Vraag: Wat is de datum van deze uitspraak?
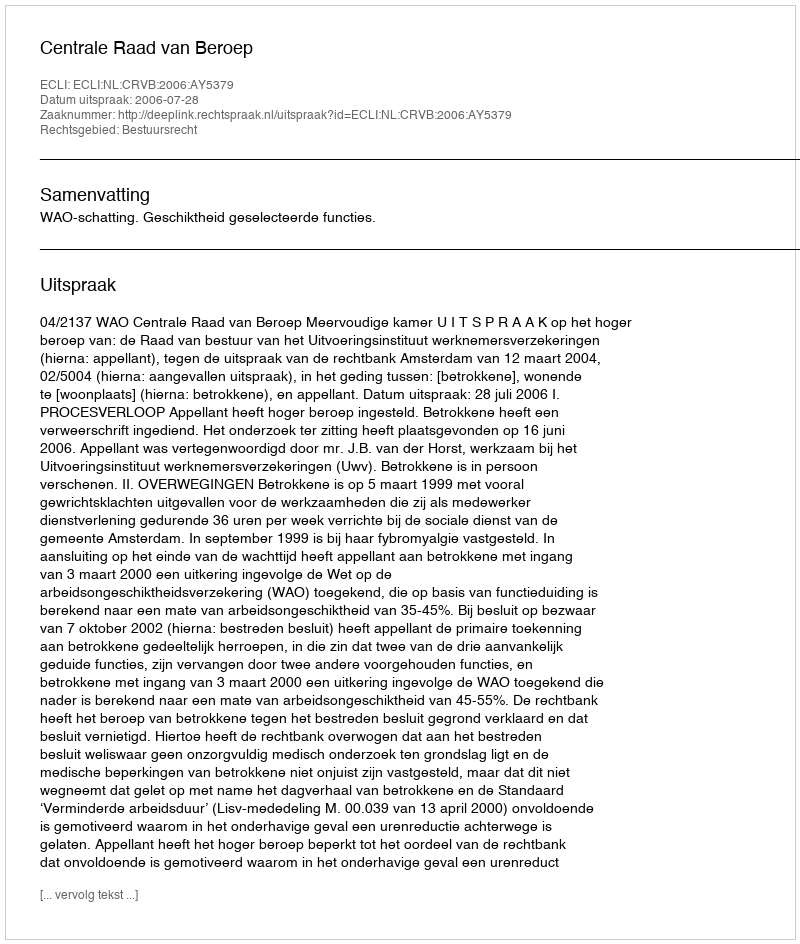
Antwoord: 2006-07-28